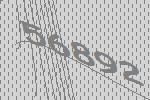
56892